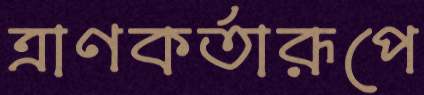
ত্রাণকর্তারূপে